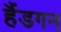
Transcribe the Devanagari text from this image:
हैंडगन